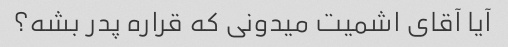
آیا آقای اشمیت میدونی که قراره پدر بشه؟